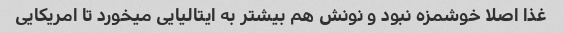
غذا اصلا خوشمزه نبود و نونش هم بیشتر به ایتالیایی میخورد تا امریکایی